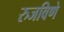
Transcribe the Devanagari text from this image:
रुजविणे